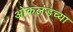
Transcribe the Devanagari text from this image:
ओकलंडच्या